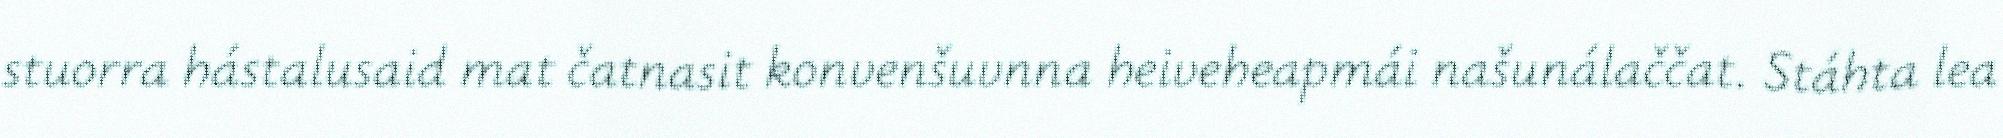
stuorra hástalusaid mat čatnasit konvenšuvnna heiveheapmái našunálaččat. Stáhta lea